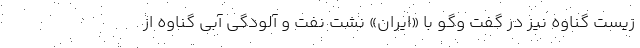
زیست گناوه نیز در گفت وگو با «ایران» نشت نفت و آلودگی آبی گناوه از